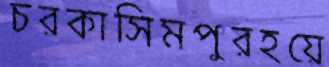
চরকাসিমপুরহয়ে